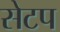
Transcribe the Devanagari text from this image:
सेटप